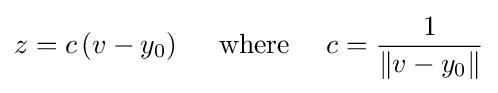
z=c\left(v-y_{0}\right)\quad {\text{ where }}\quad c={\frac {1}{\left\|v-y_{0}\right\|}}